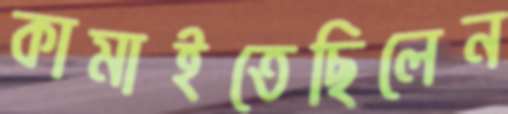
কামাইতেছিলেন